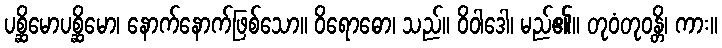
ပစ္ဆိမောပစ္ဆိမော၊ နောက်နောက်ဖြစ်သော။ ဝိရောဓော၊ သည်။ ဝိဝါဒေါ၊ မည်၏။ တုဝံတုဝန္တိ၊ ကား။